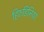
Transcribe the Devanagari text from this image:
हिरुडिनिया